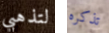
لتذهبي تذكره